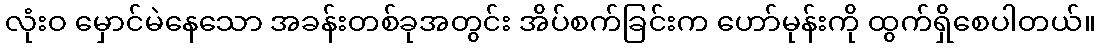
လုံးဝ မှောင်မဲနေသော အခန်းတစ်ခုအတွင်း အိပ်စက်ခြင်းက ဟော်မုန်းကို ထွက်ရှိစေပါတယ်။